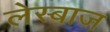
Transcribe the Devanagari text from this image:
लेस्बाज